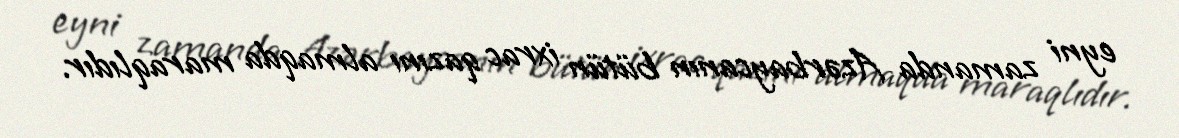
eyni zamanda Azərbaycanın bütün ixrac qazını almaqda maraqlıdır.